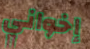
إخواني